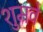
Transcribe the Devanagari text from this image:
शुमवे